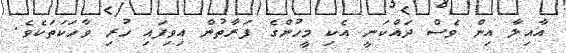
އާއިލާ އިން ވެސް ދައްކަނީ އެކި މީހުންގެ ފަރާތުން އިވިފައި ހުރި ވާހަކަތަކެވެ.